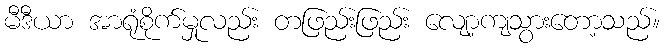
မီဒီယာ အာရုံစိုက်မှုလည်း တဖြည်းဖြည်း လျော့ကျသွားတော့သည်။